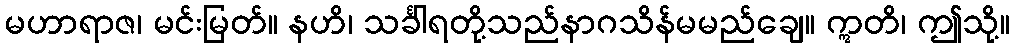
မဟာရာဇ၊ မင်းမြတ်။ နဟိ၊ သင်္ခါရတို့သည်နာဂသိန်မမည်ချေ။ ဣတိ၊ ဤသို့။